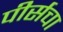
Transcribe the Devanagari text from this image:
पीर्सचा